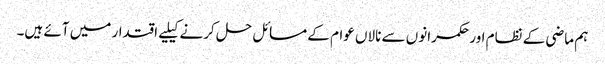
ہم ماضی کے نظام اور حکمرانوں سے نالاں عوام کے مسائل حل کرنے کیلیے اقتدار میں آئے ہیں۔